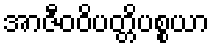
အာဇီဝဝိပတ္တိပစ္စယာ